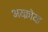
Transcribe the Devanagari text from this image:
अय्क्रोय्ड